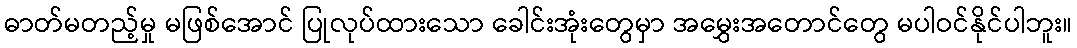
ဓာတ်မတည့်မှု မဖြစ်အောင် ပြုလုပ်ထားသော ခေါင်းအုံးတွေမှာ အမွှေးအတောင်တွေ မပါဝင်နိုင်ပါဘူး။